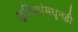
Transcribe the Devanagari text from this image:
श्रुतिकांमधूनही